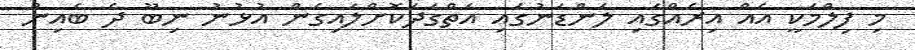
މި ފިލްމަކީ އެއް އިރެއްގައި ލަންޑަނުގައި އަތްގަދަކޮށްލައިގެން އުޅުނު ނިބޫ ދެ ބެއިން